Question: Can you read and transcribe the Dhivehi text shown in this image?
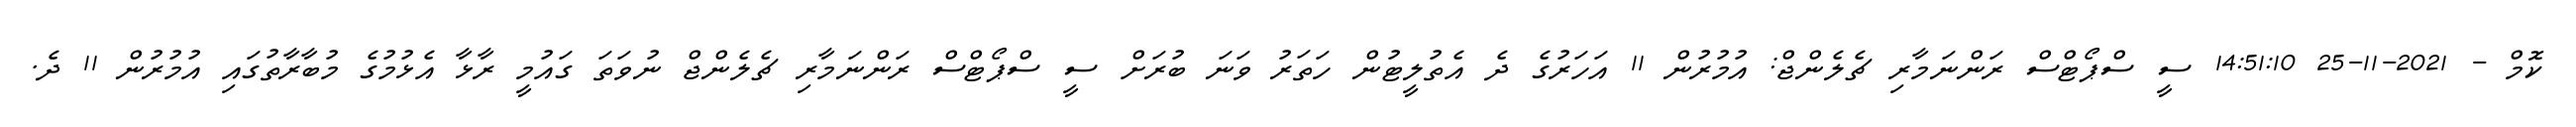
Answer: ކޮމް - 2021-11-25 14:51:10 ސީ ސްޕޯޓްސް ރަންނަމާރި ޗެލެންޖް: އުމުރުން 11 އަހަރުގެ ދެ އެތުލީޓުން ހަތަރު ވަނަ ބުރަށް ސީ ސްޕޯޓްސް ރަންނަމާރި ޗެލެންޖް ނުވަތަ ގައުމީ ރާޅާ އެޅުމުގެ މުބާރާތުގައި އުމުރުން 11 ދެ.